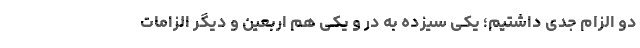
دو الزام جدی داشتیم؛ یکی سیزده به در و یکی هم اربعین و دیگر الزامات